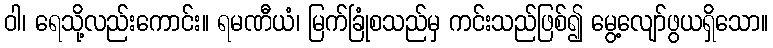
ဝါ၊ ရေသို့လည်းကောင်း။ ရမဏီယံ၊ မြက်ခြုံစသည်မှ ကင်းသည်ဖြစ်၍ မွေ့လျော်ဖွယရှိသော။